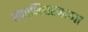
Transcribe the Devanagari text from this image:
रक्ताभिसरणाच्या